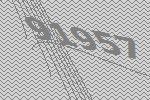
91957